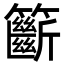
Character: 籪